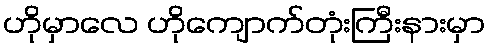
ဟိုမှာလေ ဟိုကျောက်တုံးကြီးနားမှာ